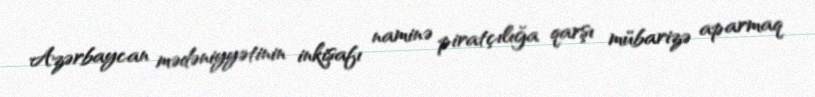
Azərbaycan mədəniyyətinin inkişafı naminə piratçılığa qarşı mübarizə aparmaq